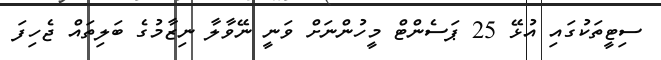
ސިޓީތަކުގައި އުޅޭ 25 ޕަސެންޓް މީހުންނަށް ވަނީ ނޭވާލާ ނިޒާމުގެ ބަލިތައް ޖެހިފަ